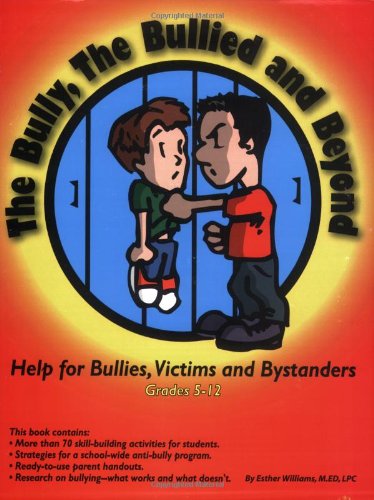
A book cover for The Bully, the Bullied, and Beyond; Esther Williams; Teen & Young Adult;